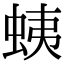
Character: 蛦